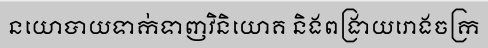
នយោបាយទាក់ទាញវិនិយោគ និងពង្រាយរោងចក្រ